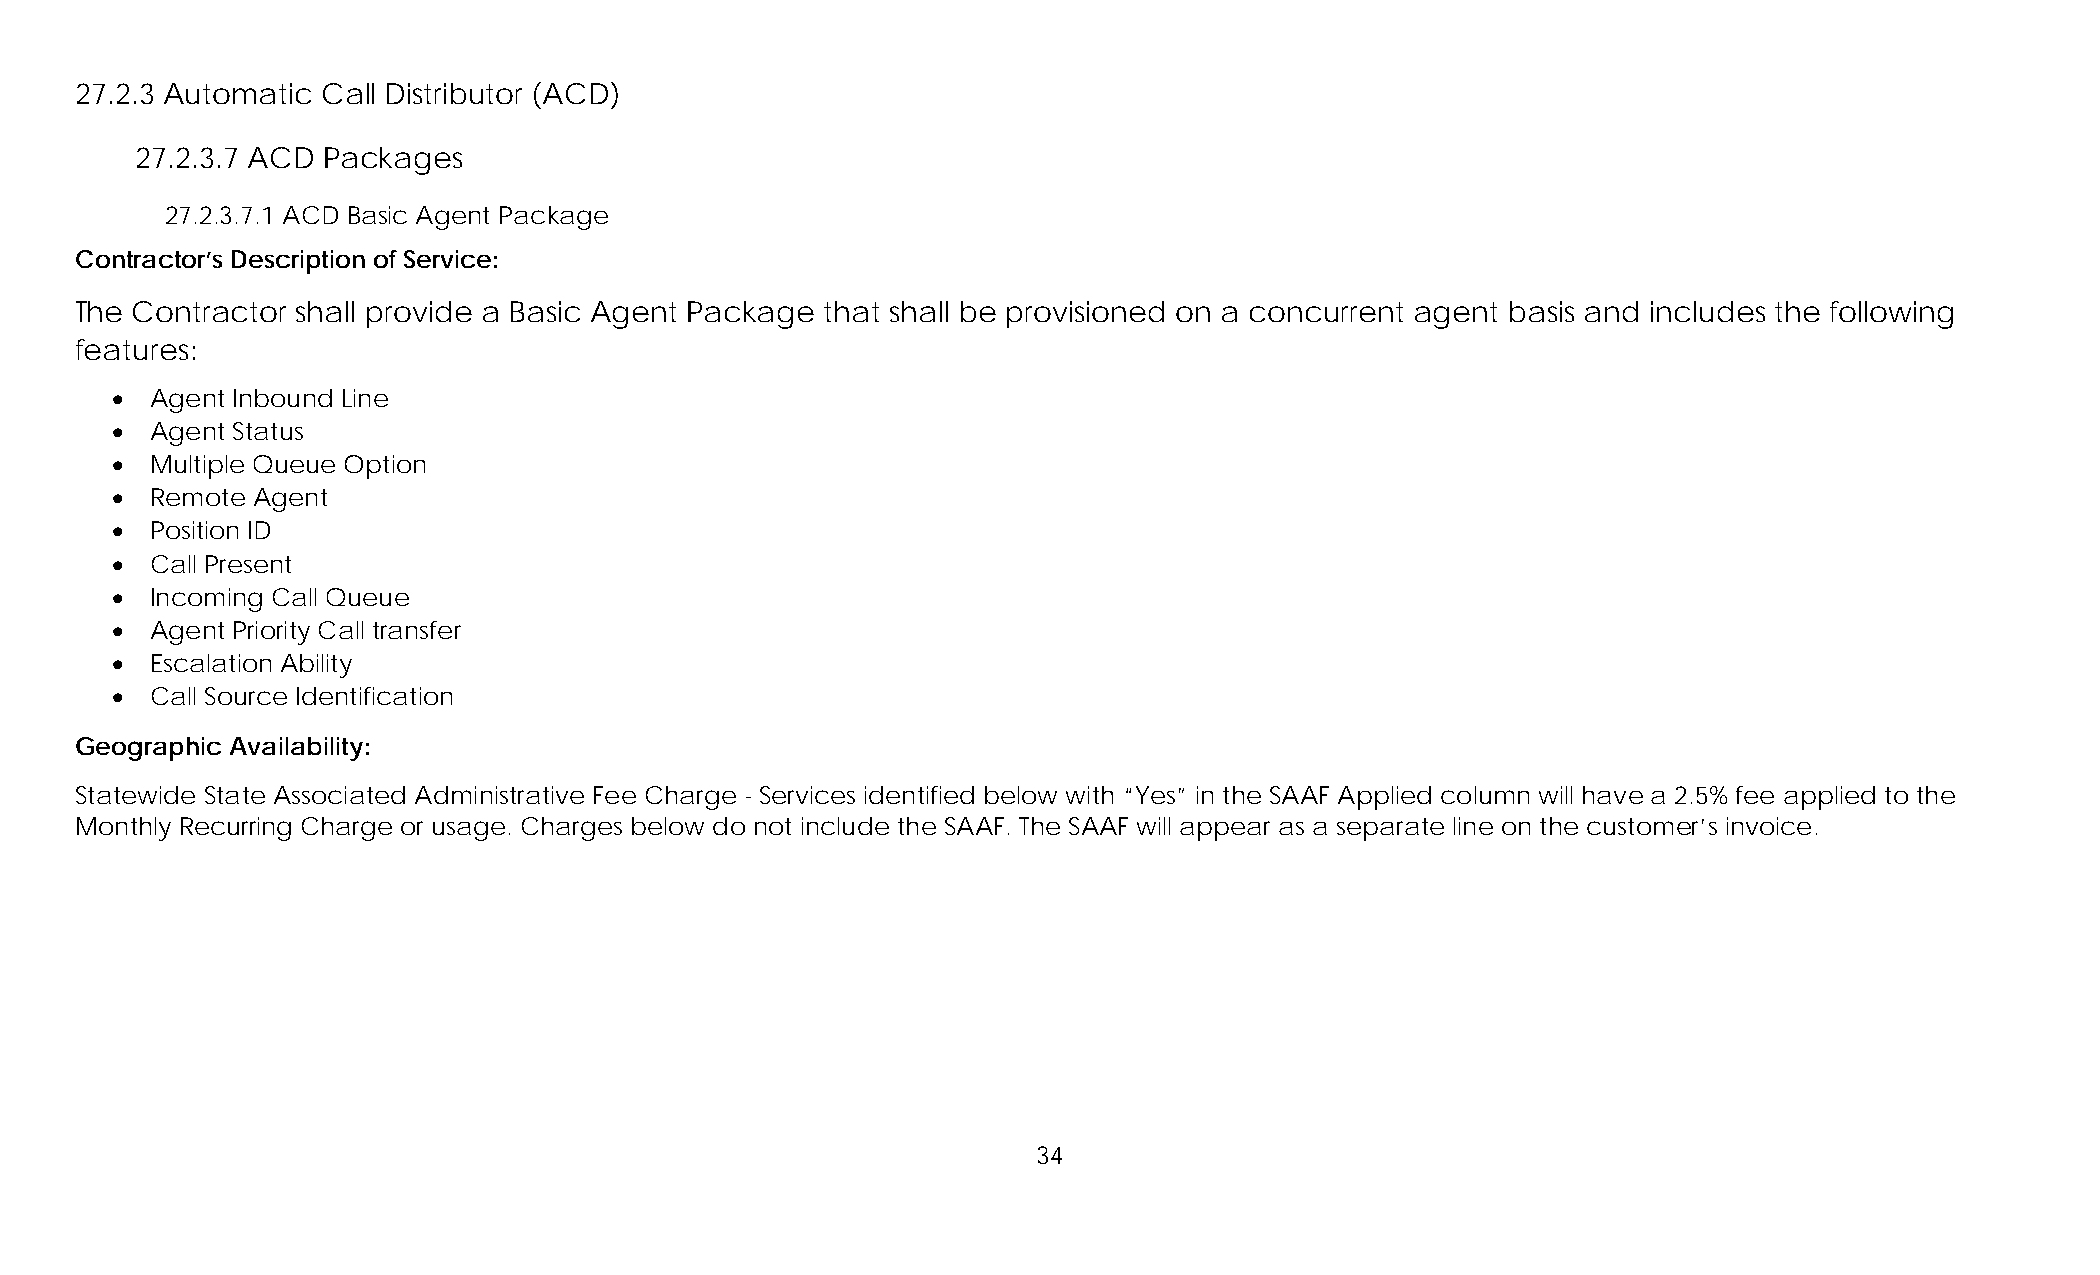
27.2.3 Automatic Call Distributor (ACD)
 27.2.3.7 ACD Packages
 27.2.3.7.1 ACD Basic Agent Package
 Contractor’s Description of Service:
 The Contractor shall provide a Basic Agent Package that shall be provisioned on a concurrent agent basis and includes the following
 features:
   Agent Inbound Line
   Agent Status
   Multiple Queue Option
   Remote Agent
   Position ID
   Call Present
   Incoming Call Queue
   Agent Priority Call transfer
   Escalation Ability
   Call Source Identification
 Geographic Availability:
 Statewide State Associated Administrative Fee Charge - Services identified below with “Yes” in the SAAF Applied column will have a 2.5% fee applied to the
 Monthly Recurring Charge or usage. Charges below do not include the SAAF. The SAAF will appear as a separate line on the customer’s invoice.
 34